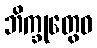
ဘိက္ခုတွေဝ